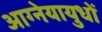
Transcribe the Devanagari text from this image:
आग्नेयायुधों